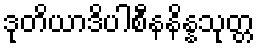
ဒုတိယာဒိပါစီနနိန္နသုတ္တ